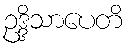
ဥဒ္ဒိသာပေတိ